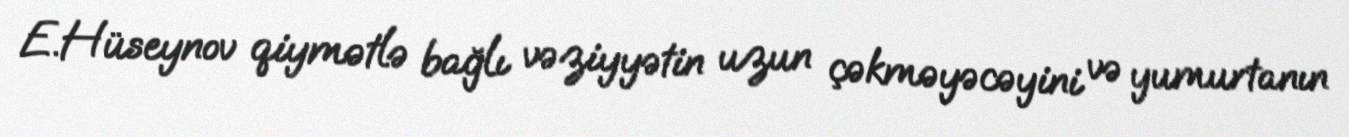
E.Hüseynov qiymətlə bağlı vəziyyətin uzun çəkməyəcəyini və yumurtanın